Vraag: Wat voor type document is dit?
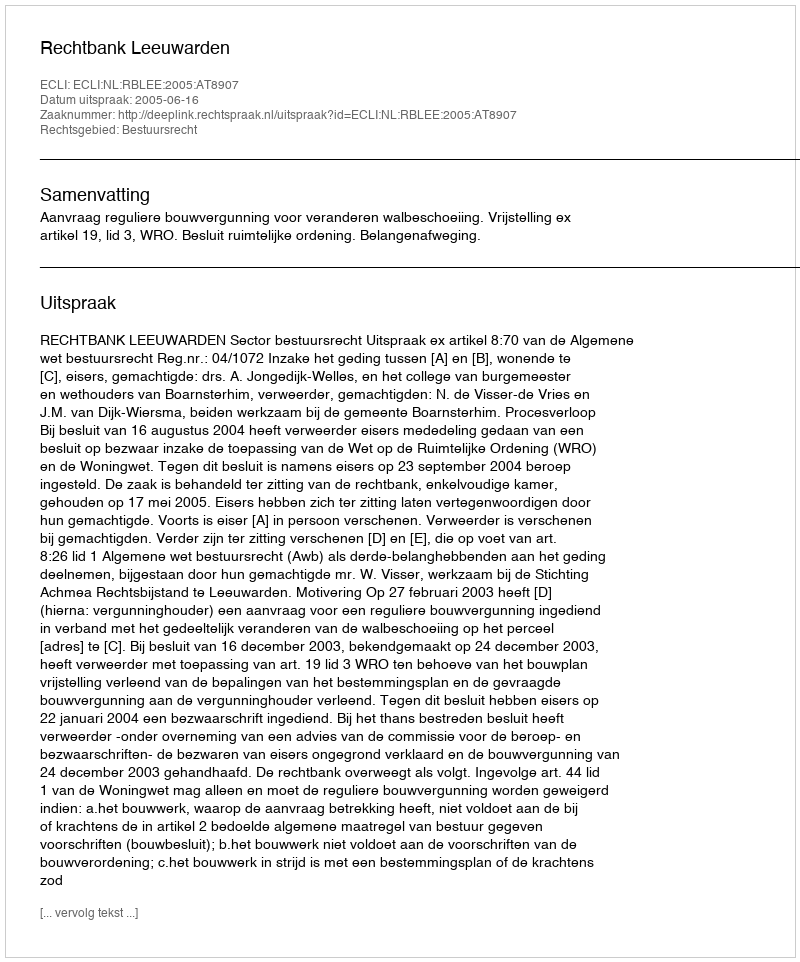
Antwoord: Uitspraak